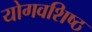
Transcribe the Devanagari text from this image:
योगवशिष्ठ